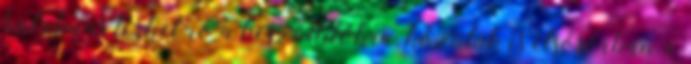
hatalmas terhet ró a beszállítókra, közülük is elsősorban a